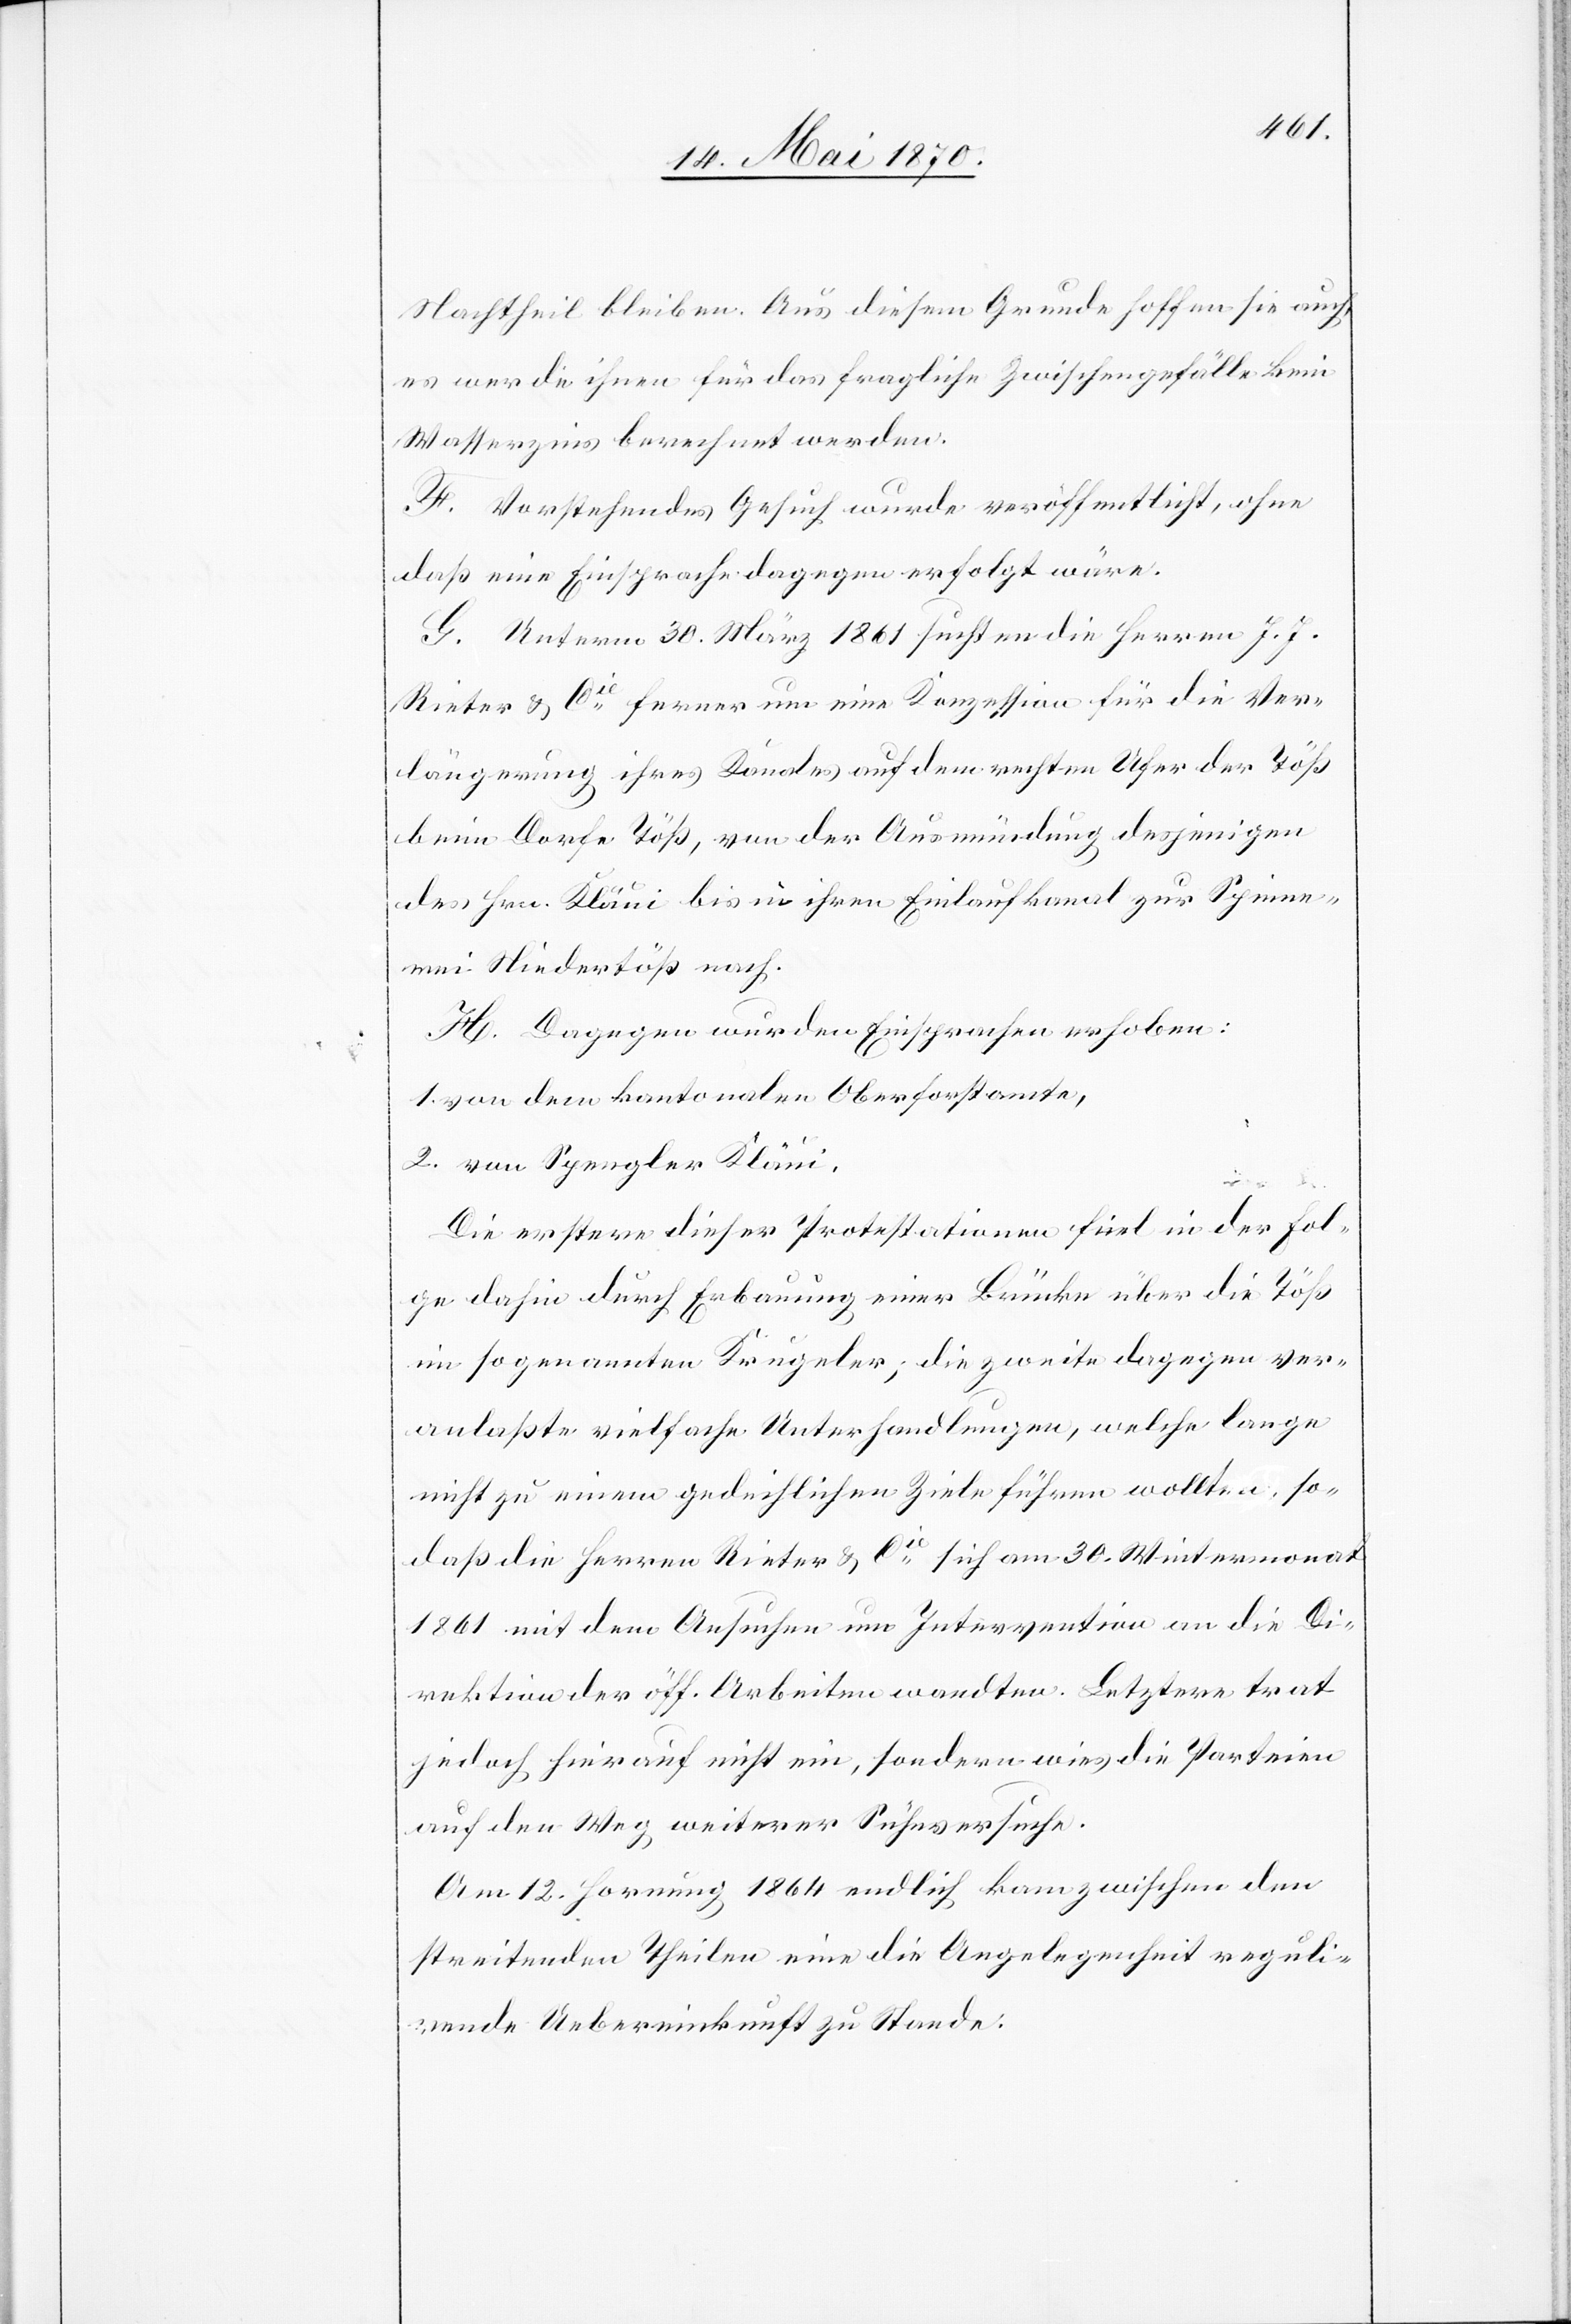
Nachtheil bleiben. Aus diesem Grunde hoffen sie auch,
es werde ihnen für das fragliche Zwischengefälle kein
Wasserzins berechnet werden.
F. Vorstehendes Gesuch wurde veröffentlicht, ohne
daß eine Einsprache dagegen erfolgt wäre.
G. Unterm 30. März 1861 suchten die Herren J. J.
Rieter & Cie ferner um eine Konzession für die Ver¬
längerung ihres Kanales auf dem rechten Ufer der Töß
beim Dorfe Töß, von der Ausmündung desjenigen
des Hrn. Kläui bis in ihren Einlaufkanal zur Spinne¬
rei Niedertöß nach.
H. Dagegen wurden Einsprachen erhoben:
1. von dem kantonalen Oberforstamte,
2. vom Spengler Kläui.
Die erstere dieser Protestationen fiel in der Fol¬
ge dahin durch Erbauung einer Brücke über die Töß
im so genannten Krugeler, die zweite dagegen ver¬
anlaßte vielfache Unterhandlungen, welche lange
nicht zu einem gedeihlichen Ziele führen wollten, so¬
daß die Herren Rieter & Cie sich am 30. Wintermonat
1861 mit dem Ansuchen um Intervention an die Di¬
rektion der öff. Arbeiten wandten. Letztere trat
jedoch hierauf nicht ein, sondern wies die Parteien
auf den Weg weiterer Sühnversuche.
Am 12. Hornung 1864 endlich kam zwischen den
streitenden Theilen eine die Angelegenheit reguli¬
rende Uebereinkunft zu Stande.